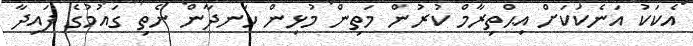
އެކަކު އަނެކަކަށް އިޙްތިރާމް ކުރުން މަތިން މުޅިން ހަނދާން ނެތި ގައުމުގެ ފައިދާ